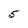
Character: 5